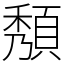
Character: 頺